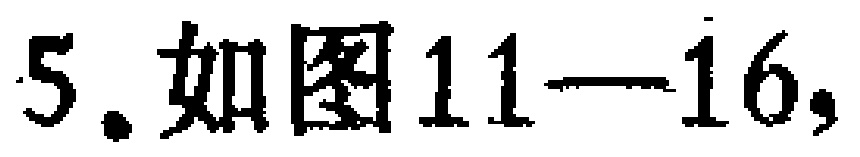
5. 如图11—16，